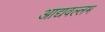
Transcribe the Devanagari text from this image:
आद्यवल्लभ